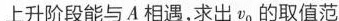
上升阶段能与A相遇，求出v0的取值范